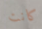
كانت